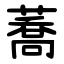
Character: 蕎